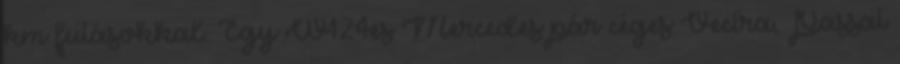
km futásokkal. Egy W124es Mercedes pár céges Vectra, Passat